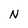
Character: N